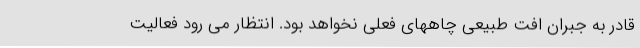
قادر به جبران افت طبیعی چاههای فعلی نخواهد بود. انتظار می رود فعالیت